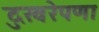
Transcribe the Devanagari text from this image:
दुखरेपणा